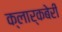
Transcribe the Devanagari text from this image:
क्लार्कबेरी